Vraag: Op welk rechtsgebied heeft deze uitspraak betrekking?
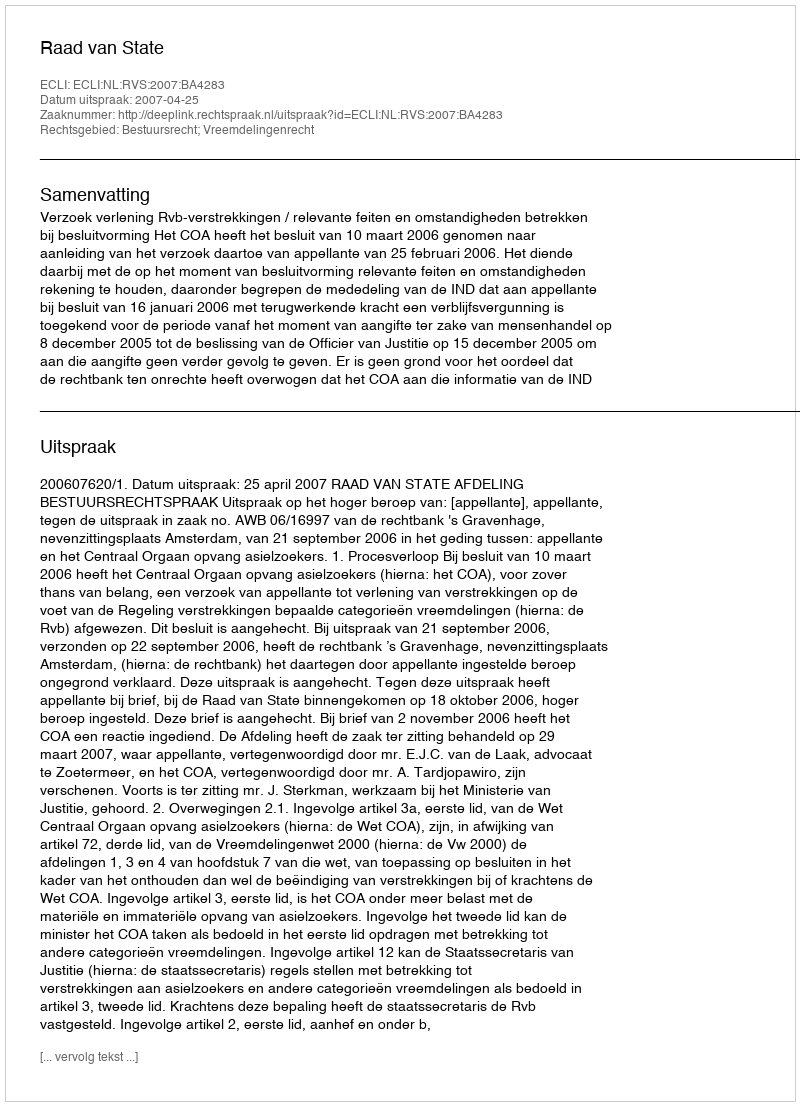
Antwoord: Bestuursrecht; Vreemdelingenrecht